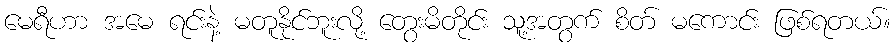
မေရီဟာ အမေ ရင်းနဲ့ မတူနိုင်ဘူးလို့ တွေးမိတိုင်း သူ့အတွက် စိတ် မကောင်း ဖြစ်ရတယ်။